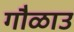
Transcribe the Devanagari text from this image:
गौळाउ